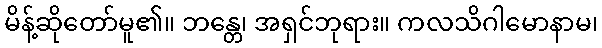
မိန့်ဆိုတော်မူ၏။ ဘန္တေ၊ အရှင်ဘုရား။ ကလသိဂါမောနာမ၊